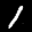
Label: 1